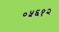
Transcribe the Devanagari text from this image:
०५६१२